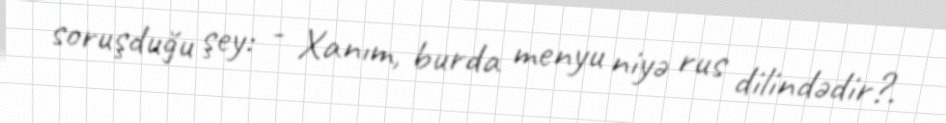
soruşduğu şey: - Xanım, burda menyu niyə rus dilindədir?.